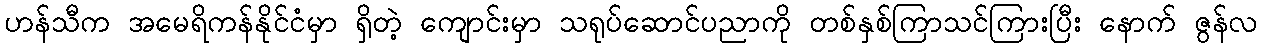
ဟန်သီက အမေရိကန်နိုင်ငံမှာ ရှိတဲ့ ကျောင်းမှာ သရုပ်ဆောင်ပညာကို တစ်နှစ်ကြာသင်ကြားပြီး နောက် ဇွန်လ